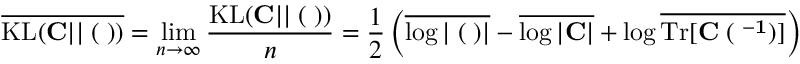
\overline { { \mathrm { K L } ( { \bf C } | | { \bf \Xi } ( { \bf \Lambda } ) ) } } = \operatorname* { l i m } _ { n \to \infty } \frac { \mathrm { K L } ( { \bf C } | | { \bf \Xi } ( { \bf \Lambda } ) ) } { n } = \frac { 1 } { 2 } \left( \overline { { \log | { \bf \Xi } ( { \bf \Lambda } ) | } } - \overline { { \log | { \bf C } | } } + \log \overline { { \mathrm { T r } [ \bf { C \Xi } ( { \bf \Lambda } ^ { - 1 } ) ] } } \right)